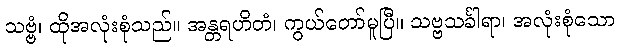
သဗ္ဗံ၊ ထိုအလုံးစုံသည်။ အန္တရဟိတံ၊ ကွယ်တော်မူပြီ။ သဗ္ဗသင်္ခါရာ၊ အလုံးစုံသော